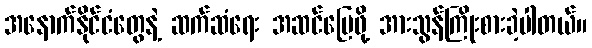
အနောက်နိုင်ငံတွေနဲ့ ဆက်ဆံရေး အဆင်ပြေဖို့ အားသွန်ကြိုးစားခဲ့ပါတယ်။